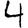
Digit: 4